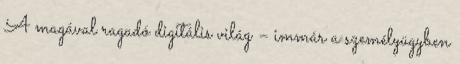
A magával ragadó digitális világ – immár a személyügyben